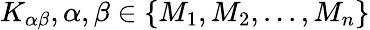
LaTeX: K_{\alpha\beta},\alpha,\beta\in\{ M_{1},M_{2},...,M_{n}\}